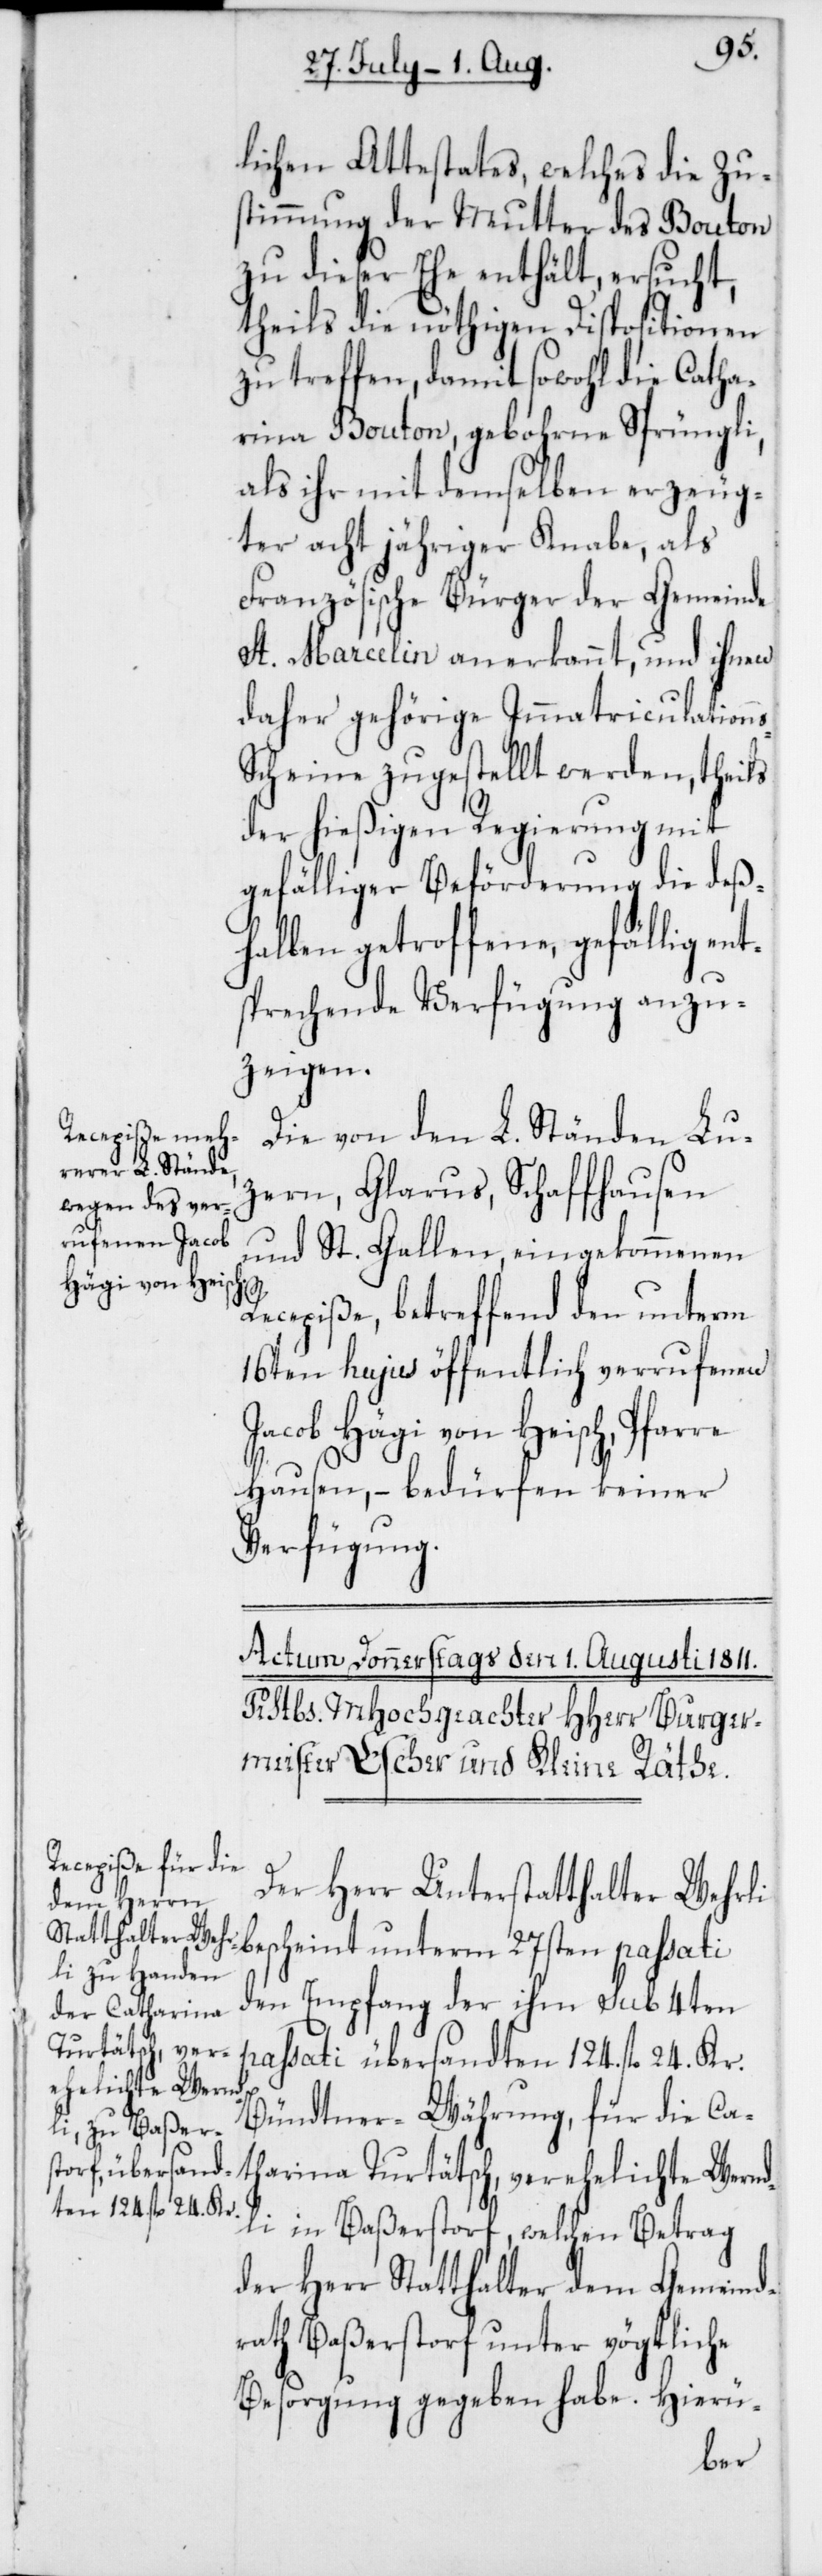
lichen Attestates, welches die Zu¬
stimmung der Mutter des Bouton
zu dieser Ehe enthält, ersucht,
theils die nöthigen Dispositionen
zu treffen, damit sowohl die Catha¬
rina Bouton, gebohrne Sprüngli,
als ihr mit demselben erzeug¬
ter acht jähriger Knabe, als
Französische Bürger der Gemeinde
St. Marcelin anerkannt, und ihnen
daher gehörige Immatriculation¬
cheine zugestellt werden, theils
der hießigen Regierung mit
gefälliger Beförderung die deß¬
halben getroffene, gefällig ent¬
sprechende Verfügung anzu¬
zeigen.
Die von den L. Ständen Lu¬
zern, Glarus, Schaffhausen
und St. Gallen, eingekommenen
s-S¬
Recepiße, betreffend den unterm
16ten hujus öffentlich verrufenen
Jacob Hägi von Heisch, Pfarre
Hausen, – bedürfen keiner
Verfügung.
Der Herr Unterstatthalter Wehrli
bescheint unterm 27sten passati
den Empfang der ihm sub 4ten
passati übersandten 124. fl. 24. Kr.
Bündtner-Währung, für die Ca¬
tharina Turtätsch, verehelichte Wernd¬
li in Baßerstorf, welchen Betrag
der Herr Statthalter dem Gemeind¬
rath Baßerstorf unter vögtliche
Besorgung gegeben habe. Hierü-